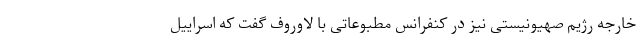
خارجه رژیم صهیونیستی نیز در کنفرانس مطبوعاتی با لاوروف گفت که اسراییل